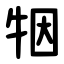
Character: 㸶